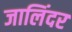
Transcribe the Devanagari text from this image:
जालिंदर